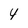
Character: 4